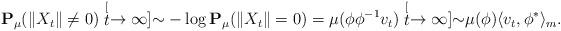
LaTeX: \begin{align*} \mathbf P_\mu(\|X_t\| \neq 0) \stackrel[t\to \infty]{}{\sim} - \log \mathbf P_\mu(\|X_t\| = 0) = \mu(\phi \phi^{-1}v_t) \stackrel[t\to\infty]{}{\sim} \mu(\phi) \langle v_t, \phi^*\rangle_m. \end{align*}